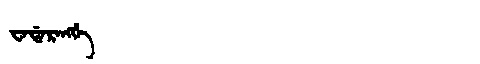
Manchu: ᠸᠠᡩᠠᡵᠠᠩᡤᡝ
Romanization: WADARANGGE